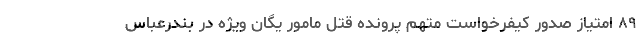
۸۹ امتیاز صدور کیفرخواست متهم پرونده قتل مامور یگان ویژه در بندرعباس